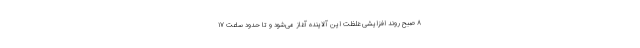
۸ صبح روند افزایشی غلظت این آلاینده آغاز می‌شود و تا حدود ساعت ۱۷